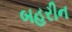
બહરીન